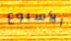
الأسبوع